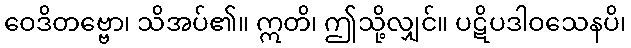
ဝေဒိတဗ္ဗော၊ သိအပ်၏။ ဣတိ၊ ဤသို့လျှင်။ ပဋိပဒါဝသေနပိ၊